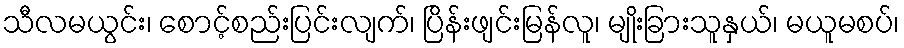
သီလမယွင်း၊ စောင့်စည်းပြင်းလျက်၊ ပြိန်းဖျင်းမြန်လူ၊ မျိုးခြားသူနှယ်၊ မယူမစပ်၊